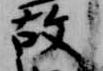
故